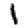
Digit: 1